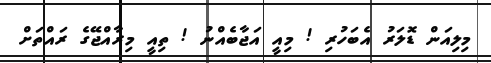
މިލިއަން ޑޮލަރު އެބަހުރި ! މިއީ އަޖާބެއްނު ! ތިއީ މިރާއްޖޭގެ ރައްތަށް